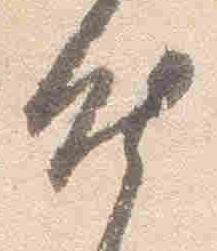
昨